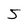
Character: 5